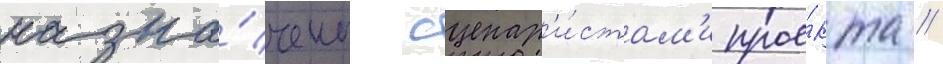
назна́чены сценар'и́стам'и прое́кта //